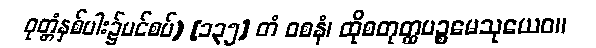
ဝုတ္တံနှစ်ပါး၌ပင်စပ်) [၁၃၅] တံ ဝစနံ၊ ထိုစတုတ္ထပဉ္စမေသုယေဝ။